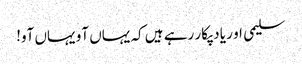
سلیمی او ر یاد پکار رہے ہیں کہ یہاں آو یہاں آو!